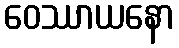
ဝေဿာယနော